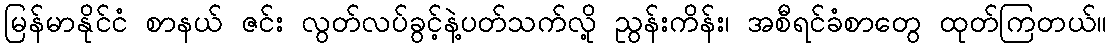
မြန်မာနိုင်ငံ စာနယ် ဇင်း လွတ်လပ်ခွင့်နဲ့ပတ်သက်လို့ ညွန်းကိန်း၊ အစီရင်ခံစာတွေ ထုတ်ကြတယ်။